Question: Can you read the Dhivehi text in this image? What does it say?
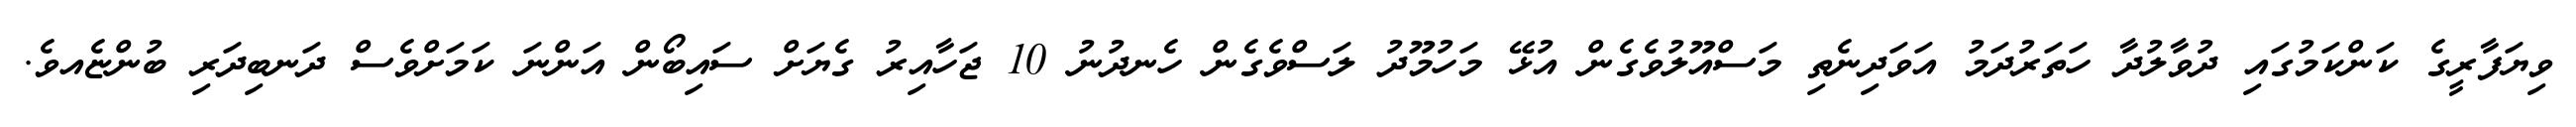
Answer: ވިޔަފާރީގެ ކަންކަމުގައި ދުވާލުދާ ހަތަރުދަމު އަވަދިނެތި މަސްއޫލުވެގެން އުޅޭ މަހުމޫދު ލަސްވެގެން ހެނދުނު 10 ޖަހާއިރު ގެޔަށް ސައިބޯން އަންނަ ކަމަށްވެސް ދަނބިދަރި ބުންޏެއވެ.